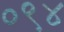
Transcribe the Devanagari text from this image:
०९४